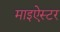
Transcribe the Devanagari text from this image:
माइऐस्टर